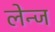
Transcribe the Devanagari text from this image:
लेन्ज